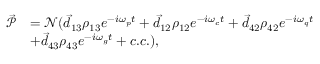
\begin{array} { r l } { \vec { \mathcal P } } & { = \mathcal N ( \vec { d } _ { 1 3 } \rho _ { 1 3 } e ^ { - i \omega _ { p } t } + \vec { d } _ { 1 2 } \rho _ { 1 2 } e ^ { - i \omega _ { c } t } + \vec { d } _ { 4 2 } \rho _ { 4 2 } e ^ { - i \omega _ { q } t } } \\ & { + \vec { d } _ { 4 3 } \rho _ { 4 3 } e ^ { - i \omega _ { g } t } + c . c . ) , } \end{array}